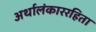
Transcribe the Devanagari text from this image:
अर्थालंकाररहिता